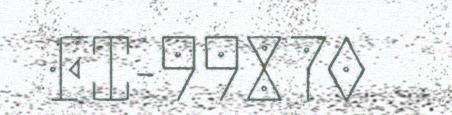
FI-99870